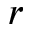
\boldsymbol { r }